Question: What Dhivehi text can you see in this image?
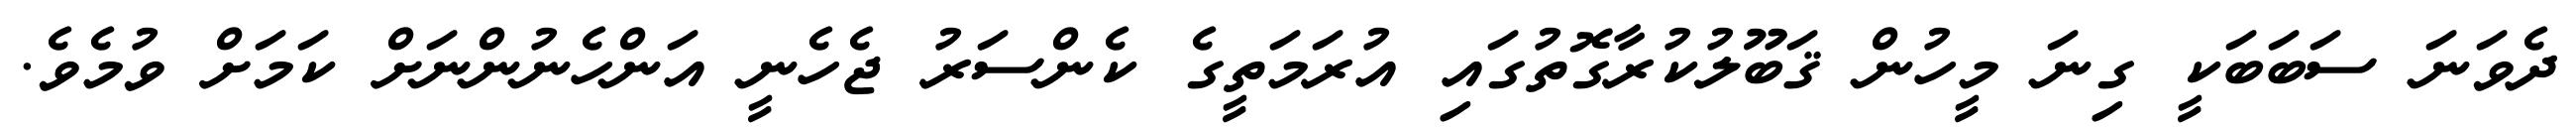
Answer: ދެވަނަ ސަބަބަކީ ގިނަ މީހުން ޤަބޫލުކުރާގޮތުގައި އުރަމަތީގެ ކެންސަރު ޖެހެނީ އަންހެނުންނަށް ކަމަށް ވުމެވެ.